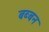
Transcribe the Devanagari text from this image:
बब्‍बन